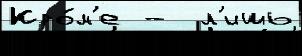
Кро́м'е -  л'ишь